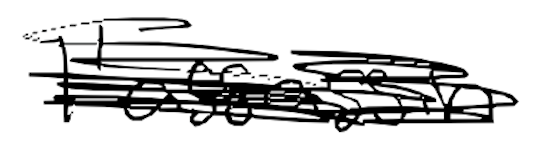
Text: l'assassin
Cross-out: scratch
Writing tool: digital_black